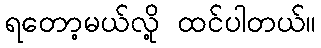
ရတော့မယ်လို့ ထင်ပါတယ်။